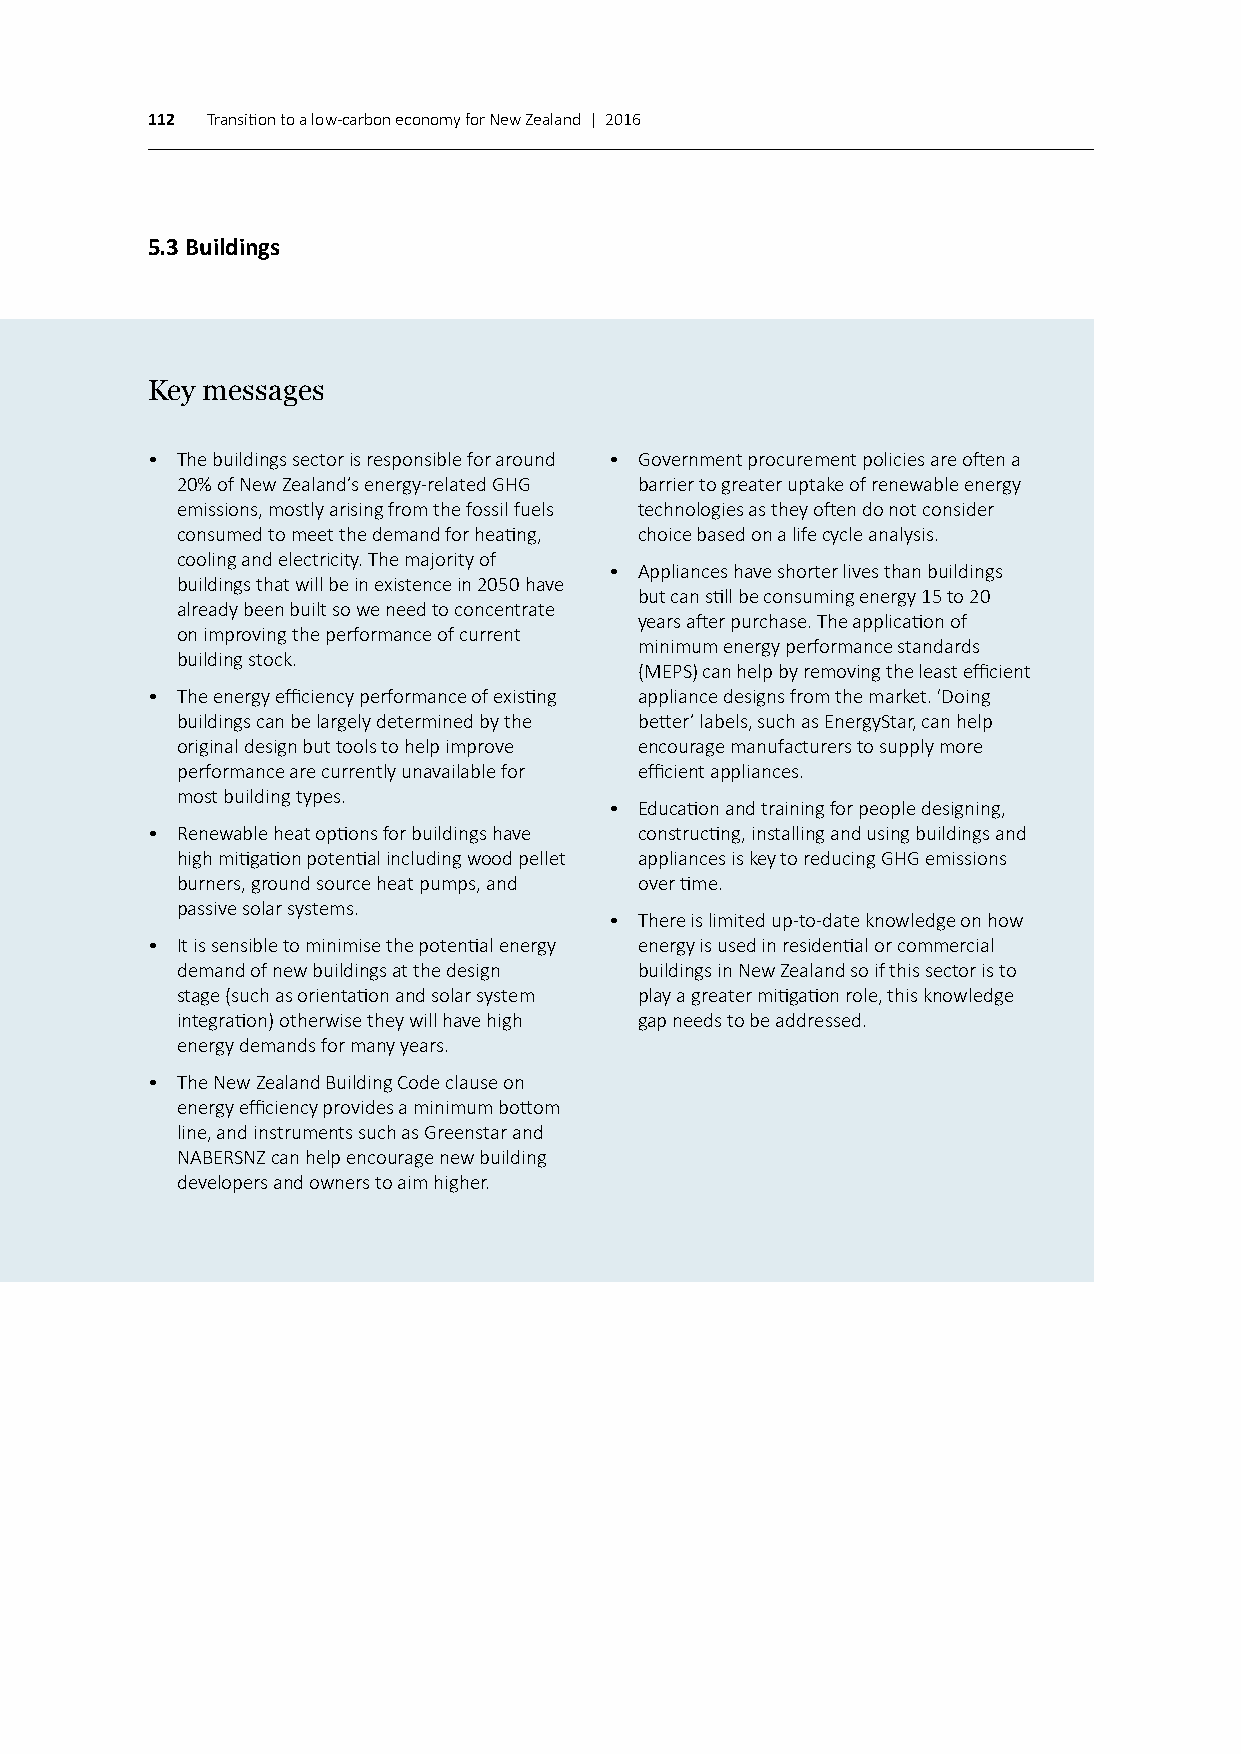
112 Transition to a low-carbon economy for New Zealand | 2016
 5.3 Buildings
 Key messages
 • The buildings sector is responsible for around • Government procurement policies are often a
 20% of New Zealand’s energy-related GHG barrier to greater uptake of renewable energy
 emissions, mostly arising from the fossil fuels technologies as they often do not consider
 consumed to meet the demand for heating, choice based on a life cycle analysis.
 cooling and electricity. The majority of
 • Appliances have shorter lives than buildings
 buildings that will be in existence in 2050 have
 but can still be consuming energy 15 to 20
 already been built so we need to concentrate
 years after purchase. The application of
 on improving the performance of current
 minimum energy performance standards
 building stock.
 (MEPS) can help by removing the least efficient
 • The energy efficiency performance of existing appliance designs from the market. ‘Doing
 buildings can be largely determined by the better’ labels, such as EnergyStar, can help
 original design but tools to help improve encourage manufacturers to supply more
 performance are currently unavailable for efficient appliances.
 most building types.
 • Education and training for people designing,
 • Renewable heat options for buildings have constructing, installing and using buildings and
 high mitigation potential including wood pellet appliances is key to reducing GHG emissions
 burners, ground source heat pumps, and over time.
 passive solar systems.
 • There is limited up-to-date knowledge on how
 • It is sensible to minimise the potential energy energy is used in residential or commercial
 demand of new buildings at the design buildings in New Zealand so if this sector is to
 stage (such as orientation and solar system play a greater mitigation role, this knowledge
 integration) otherwise they will have high gap needs to be addressed.
 energy demands for many years.
 • The New Zealand Building Code clause on
 energy efficiency provides a minimum bottom
 line, and instruments such as Greenstar and
 NABERSNZ can help encourage new building
 developers and owners to aim higher.